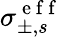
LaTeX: \sigma_{\pm,s}^{\mathrm{~e~f~f~}}